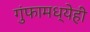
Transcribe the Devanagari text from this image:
गुंफामध्येही